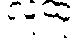
လူထု